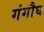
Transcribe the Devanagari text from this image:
गंगौघ